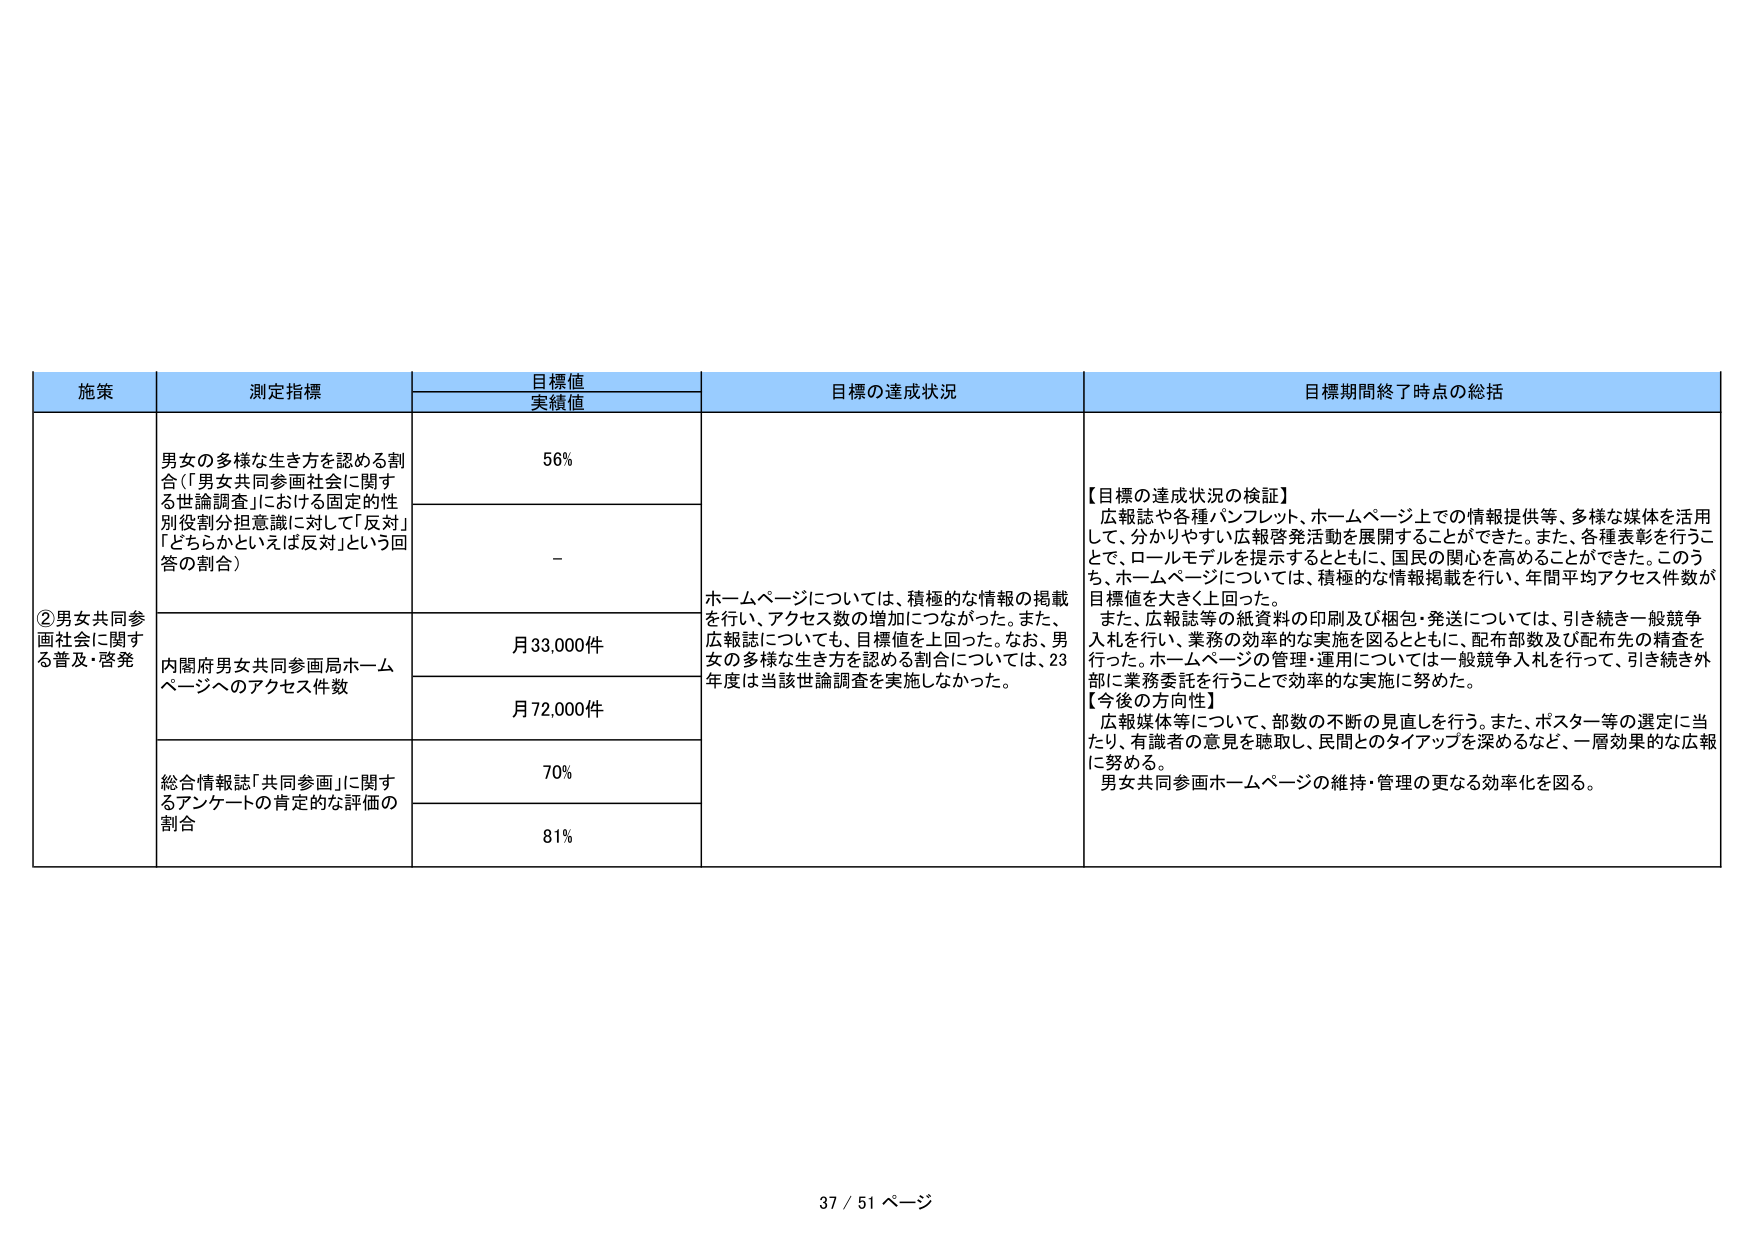
施策
測定指標
目標値
実績値
目標の達成状況
目標期間終了時点の総括

②男女共同参画社会に関する普及・啓発
男女の多様な生き方を認める割合（「男女共同参画社会に関する世論調査」における固定的性別役割分担意識に対して「反対」「どちらかといえば反対」という回答の割合）
56%
－
ホームページについては、積極的な情報の掲載を行い、アクセス数の増加につながった。また、広報誌についても、目標値を上回った。なお、男女の多様な生き方を認める割合については、23年度は当該世論調査を実施しなかった。
【目標の達成状況の検証】
広報誌や各種パンフレット、ホームページ上での情報提供等、多様な媒体を活用して、分かりやすい広報啓発活動を展開することができた。また、各種表彰を行うことで、ロールモデルを提示するとともに、国民の関心を高めることができた。このうち、ホームページについては、積極的な情報掲載を行い、年間平均アクセス件数が目標値を大きく上回った。
また、広報誌等の紙資料の印刷及び梱包・発送については、引き続き一般競争入札を行い、業務の効率的な実施を図るとともに、配布部数及び配布先の精査を行った。ホームページの管理・運用については一般競争入札を行って、引き続き外部に業務委託を行うことで効率的な実施に努めた。
【今後の方向性】
広報媒体等について、部数の不断の見直しを行う。また、ポスター等の選定に当たり、有識者の意見を聴取し、民間とのタイアップを深めるなど、一層効果的な広報に努める。
男女共同参画ホームページの維持・管理の更なる効率化を図る。

内閣府男女共同参画局ホームページへのアクセス件数
月33,000件
月72,000件

総合情報誌「共同参画」に関するアンケートの肯定的な評価の割合
70%
81%

37 / 51 ページ